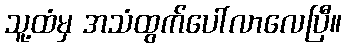
သူ့ထံမှ အသံထွက်ပေါ်လာလေပြီ။